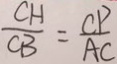
\frac { C H } { C B } = \frac { C P } { A C }